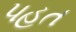
પહત